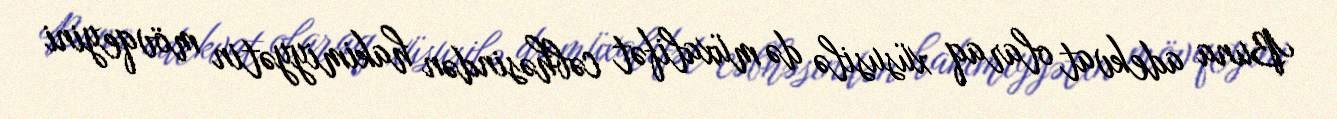
Buna adekvat olaraq xüsusilə də müxalifət cəbhəsindən hakimiyyətin mövqeyini